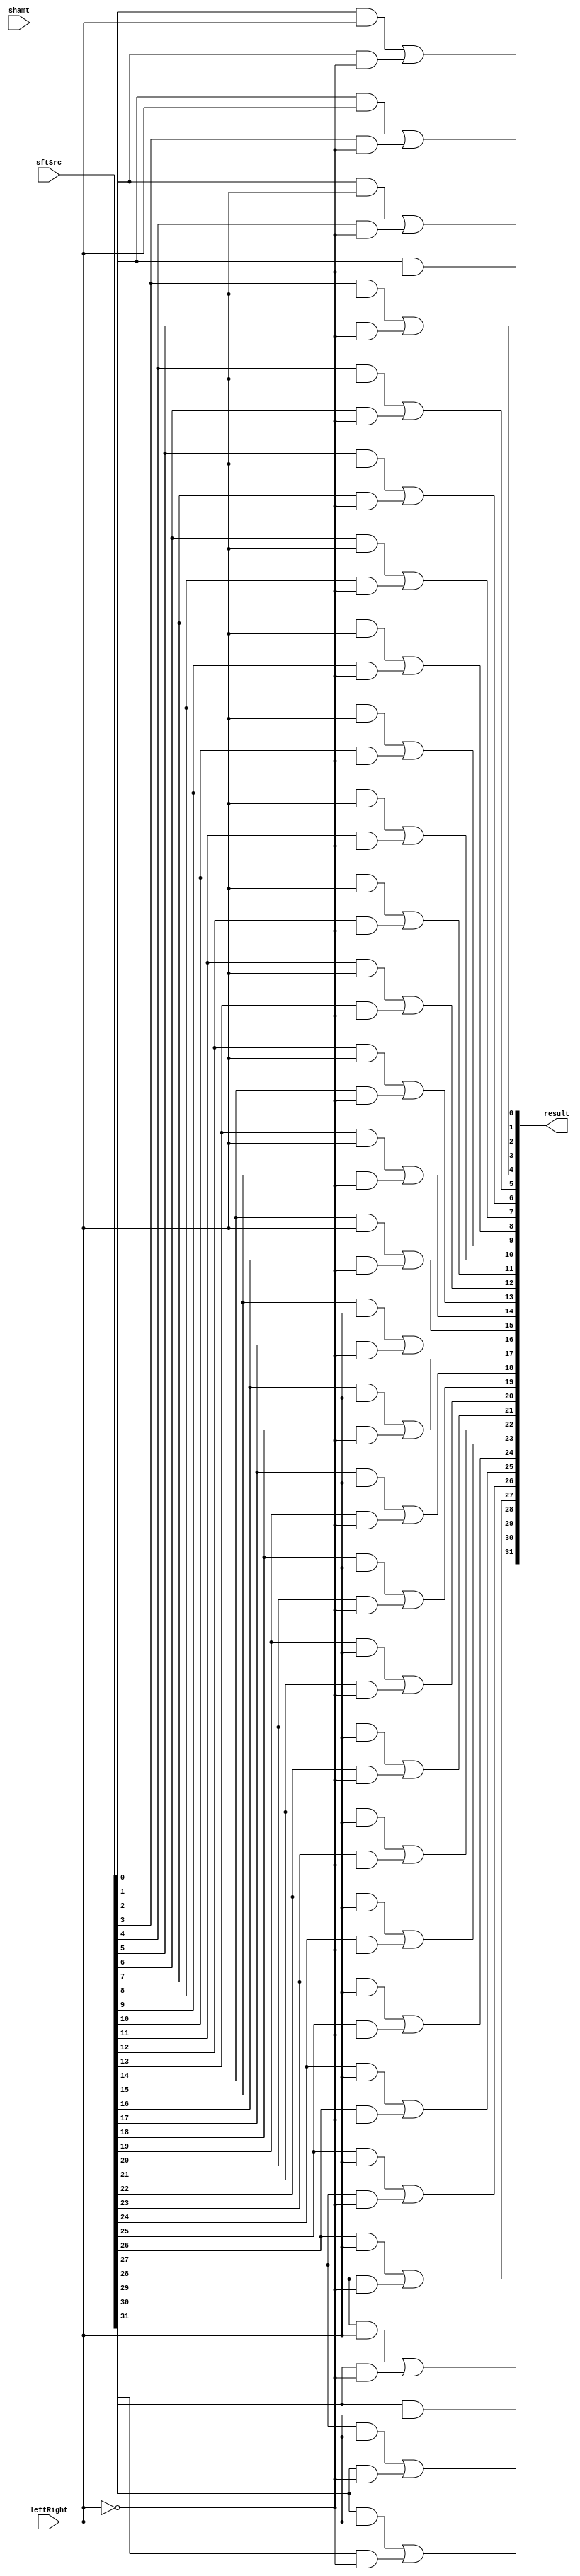
module Shifter( result, leftRight, shamt, sftSrc  );
    
  output wire[31:0] result;

  input wire leftRight;
  input wire[4:0] shamt;
  input wire[31:0] sftSrc;
  
  /*your code here*/ 
  
  wire shiftRight;
  wire[29:0] left;
  wire[29:0] right;

  not N1(shiftRight, leftRight);

  and L1(left[0], sftSrc[0], leftRight);
  and L2(left[1], sftSrc[1], leftRight);
  and L3(left[2], sftSrc[2], leftRight);
  and L4(left[3], sftSrc[3], leftRight);
  and L5(left[4], sftSrc[4], leftRight);
  and L6(left[5], sftSrc[5], leftRight);
  and L7(left[6], sftSrc[6], leftRight);
  and L8(left[7], sftSrc[7], leftRight);
  and L9(left[8], sftSrc[8], leftRight);
  and L10(left[9], sftSrc[9], leftRight);
  and L11(left[10], sftSrc[10], leftRight);
  and L12(left[11], sftSrc[11], leftRight);
  and L13(left[12], sftSrc[12], leftRight);
  and L14(left[13], sftSrc[13], leftRight);
  and L15(left[14], sftSrc[14], leftRight);
  and L16(left[15], sftSrc[15], leftRight);
  and L17(left[16], sftSrc[16], leftRight);
  and L18(left[17], sftSrc[17], leftRight);
  and L19(left[18], sftSrc[18], leftRight);
  and L20(left[19], sftSrc[19], leftRight);
  and L21(left[20], sftSrc[20], leftRight);
  and L22(left[21], sftSrc[21], leftRight);
  and L23(left[22], sftSrc[22], leftRight);
  and L24(left[23], sftSrc[23], leftRight);
  and L25(left[24], sftSrc[24], leftRight);
  and L26(left[25], sftSrc[25], leftRight);
  and L27(left[26], sftSrc[26], leftRight);
  and L28(left[27], sftSrc[27], leftRight);
  and L29(left[28], sftSrc[28], leftRight);
  and L30(left[29], sftSrc[29], leftRight);
  and L31(result[31], sftSrc[30], leftRight);

  and R0(result[0], sftSrc[1], shiftRight);
  and R1(right[0], sftSrc[2], shiftRight);
  and R2(right[1], sftSrc[3], shiftRight);
  and R3(right[2], sftSrc[4], shiftRight);
  and R4(right[3], sftSrc[5], shiftRight);
  and R5(right[4], sftSrc[6], shiftRight);
  and R6(right[5], sftSrc[7], shiftRight);
  and R7(right[6], sftSrc[8], shiftRight);
  and R8(right[7], sftSrc[9], shiftRight);
  and R9(right[8], sftSrc[10], shiftRight);
  and R10(right[9], sftSrc[11], shiftRight);
  and R11(right[10], sftSrc[12], shiftRight);
  and R12(right[11], sftSrc[13], shiftRight);
  and R13(right[12], sftSrc[14], shiftRight);
  and R14(right[13], sftSrc[15], shiftRight);
  and R15(right[14], sftSrc[16], shiftRight);
  and R16(right[15], sftSrc[17], shiftRight);
  and R17(right[16], sftSrc[18], shiftRight);
  and R18(right[17], sftSrc[19], shiftRight);
  and R19(right[18], sftSrc[20], shiftRight);
  and R20(right[19], sftSrc[21], shiftRight);
  and R21(right[20], sftSrc[22], shiftRight);
  and R22(right[21], sftSrc[23], shiftRight);
  and R23(right[22], sftSrc[24], shiftRight);
  and R24(right[23], sftSrc[25], shiftRight);
  and R25(right[24], sftSrc[26], shiftRight);
  and R26(right[25], sftSrc[27], shiftRight);
  and R27(right[26], sftSrc[28], shiftRight);
  and R28(right[27], sftSrc[29], shiftRight);
  and R29(right[28], sftSrc[30], shiftRight);
  and R30(right[29], sftSrc[31], shiftRight);

  or  U1(result[1], left[0], right[0]);
  or  U2(result[2], left[1], right[1]);
  or  U3(result[3], left[2], right[2]);
  or  U4(result[4], left[3], right[3]);
  or  U5(result[5], left[4], right[4]);
  or  U6(result[6], left[5], right[5]);
  or  U7(result[7], left[6], right[6]);
  or  U8(result[8], left[7], right[7]);
  or  U9(result[9], left[8], right[8]);
  or  U10(result[10], left[9], right[9]);
  or  U11(result[11], left[10], right[10]);
  or  U12(result[12], left[11], right[11]);
  or  U13(result[13], left[12], right[12]);
  or  U14(result[14], left[13], right[13]);
  or  U15(result[15], left[14], right[14]);
  or  U16(result[16], left[15], right[15]);
  or  U17(result[17], left[16], right[16]);
  or  U18(result[18], left[17], right[17]);
  or  U19(result[19], left[18], right[18]);
  or  U20(result[20], left[19], right[19]);
  or  U21(result[21], left[20], right[20]);
  or  U22(result[22], left[21], right[21]);
  or  U23(result[23], left[22], right[22]);
  or  U24(result[24], left[23], right[23]);
  or  U25(result[25], left[24], right[24]);
  or  U26(result[26], left[25], right[25]);
  or  U27(result[27], left[26], right[26]);
  or  U28(result[28], left[27], right[27]);
  or  U29(result[29], left[28], right[28]);
  or  U30(result[30], left[29], right[29]);
endmodule